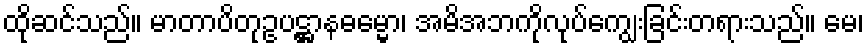
ထိုဆင်သည်။ မာတာပိတုဥပဋ္ဌာနဓမ္မော၊ အမိအဘကိုလုပ်ကျွေးခြင်းတရားသည်။ မေ၊